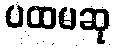
ပထမဆု